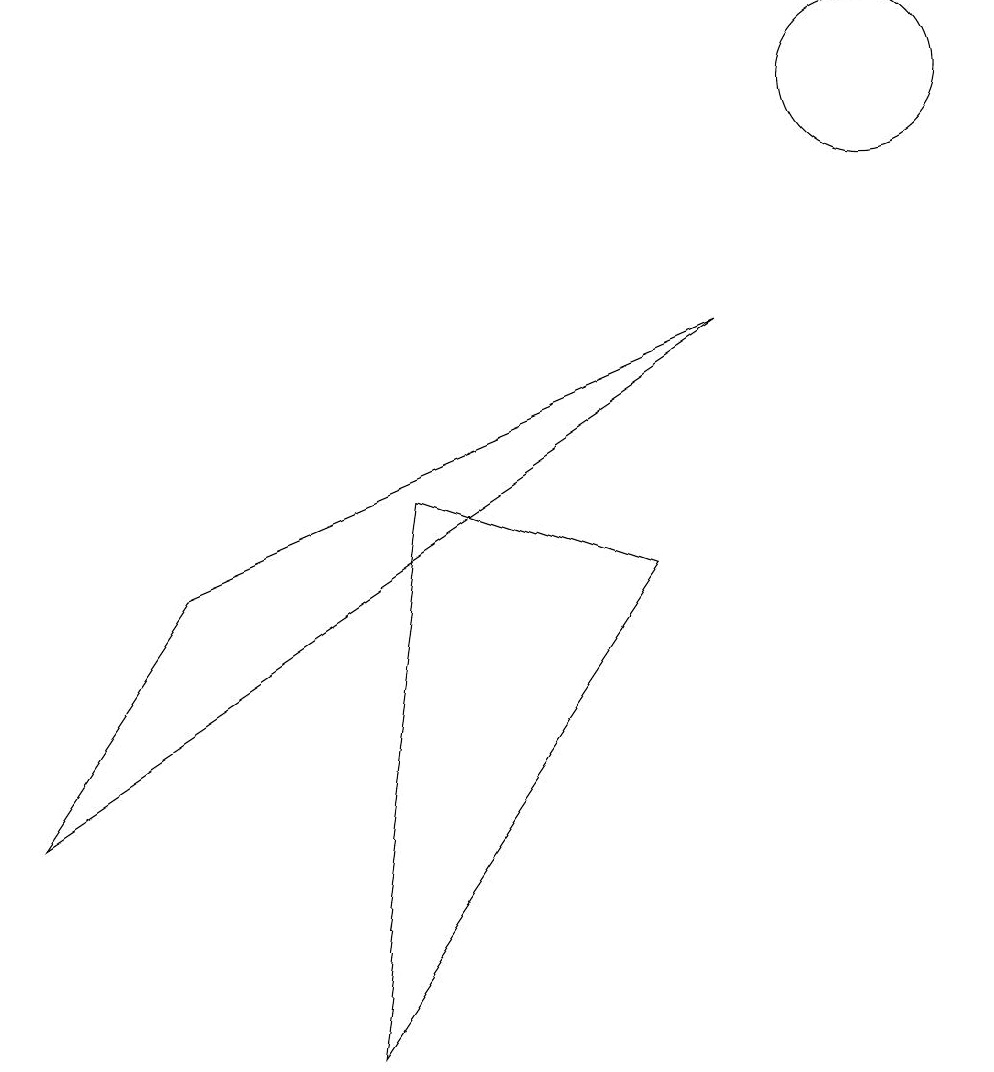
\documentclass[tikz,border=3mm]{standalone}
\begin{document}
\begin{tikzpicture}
\draw (4,0) -- (8,6) -- (5,7) -- cycle;
\draw (0,3) -- (2,6) -- (9,9) -- cycle;
\draw (11,12) circle (1);
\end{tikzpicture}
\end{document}